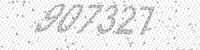
Solution: 907327